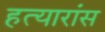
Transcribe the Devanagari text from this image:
हत्यारांस